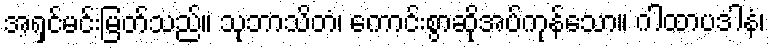
အရှင်မင်းမြတ်သည်။ သုဘာသိတံ၊ ကောင်းစွာဆိုအပ်ကုန်သော။ ဂါထာပဒါနံ၊